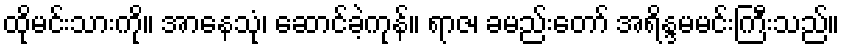
ထိုမင်းသားကို။ အာနေသုံ၊ ဆောင်ခဲ့ကုန်။ ရာဇ၊ ခမည်းတော် အရိန္ဒမမင်းကြီးသည်။